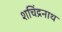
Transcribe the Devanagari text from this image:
शचिंद्रनाथ